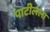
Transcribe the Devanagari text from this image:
पाटीलला